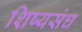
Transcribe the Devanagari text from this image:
शिष्यसंघ